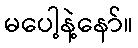
မပေါ့နဲ့နော်။